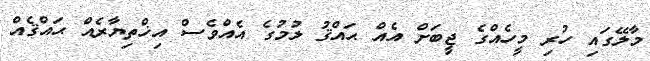
މާލޭގައި ހުރި މީހެއްގެ ޖީބަށް އެއް ޙައްޤު ލުމުގެ އެއްވެސް އިޚްތިޔާރެއް ޙައްޤެއް